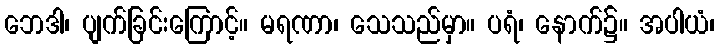
ဘေဒါ၊ ပျက်ခြင်းကြောင့်။ မရဏာ၊ သေသည်မှာ။ ပရံ၊ နောက်၌။ အပါယံ၊